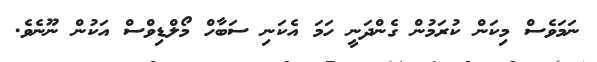
ނަމަވެސް މިކަން ކުރަމުން ގެންދަނީ ހަމަ އެކަނި ސަބާހް މޯލްޑިވްސް އަކުން ނޫނެވެ.